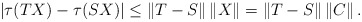
\begin{align*}\left|\tau(TX) - \tau(SX)\right| \leq \left\|T-S\right\|\left\|X\right\| = \left\|T-S\right\|\left\|C\right\|.\end{align*}